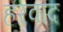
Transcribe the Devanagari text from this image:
हरवाद